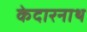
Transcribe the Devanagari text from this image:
केदारनाथ